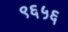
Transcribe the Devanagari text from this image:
९६५६